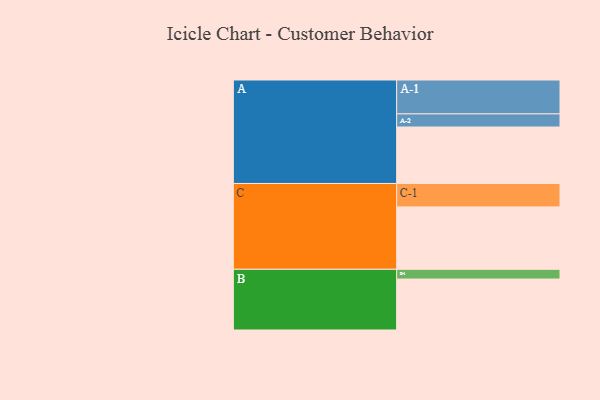
{"axis": {"x": "Segment", "y": "Value"}, "legend": ["", "A", "B", "C"], "data": [{"x": "A", "y": 400, "type": ""}, {"x": "B", "y": 361, "type": ""}, {"x": "C", "y": 442, "type": ""}, {"x": "A-1", "y": 240, "type": "A"}, {"x": "A-2", "y": 93, "type": "A"}, {"x": "B-1", "y": 69, "type": "B"}, {"x": "C-1", "y": 166, "type": "C"}]}